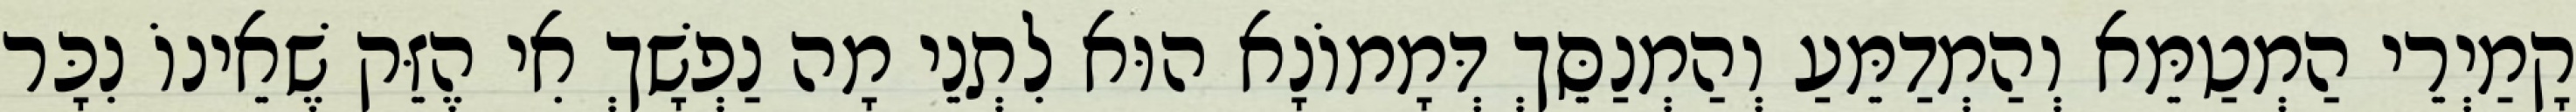
קָמַיְרֵי הַמְטַמֵּא וְהַמְדַמֵּעַ וְהַמְנַסֵּךְ דְּמָמוֹנָא הוּא לִתְנֵי מָה נַפְשָׁךְ אִי הֶזֵּק שֶׁאֵינוֹ נִכָּר